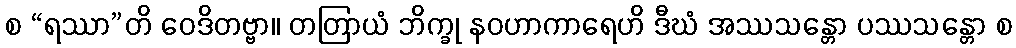
စ “ရဿာ”တိ ဝေဒိတဗ္ဗာ။ တတြာယံ ဘိက္ခု နဝဟာကာရေဟိ ဒီဃံ အဿသန္တော ပဿသန္တော စ